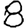
Digit: 8